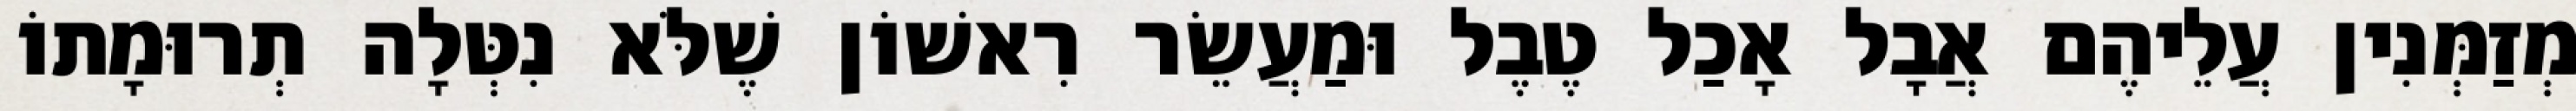
מְזַמְּנִין עֲלֵיהֶם אֲבָל אָכַל טֶבֶל וּמַעֲשֵׂר רִאשׁוֹן שֶׁלֹּא נִטְּלָה תְרוּמָתוֹ